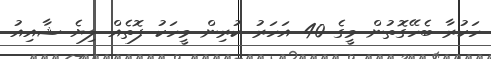
ހަކުރާ ބެހޭގޮތުން މީގެ 40 އަހަރު ކުރިން މީހަކު ފޮތެއް ލިޔެ ޝާއިއު